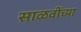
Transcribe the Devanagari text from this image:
साळवींच्या